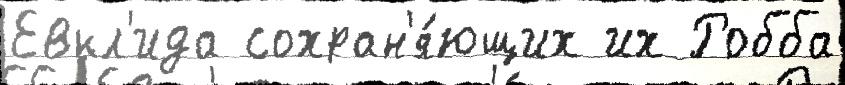
Евкл'ида сохран'я́ющих их Робба